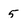
Character: 5